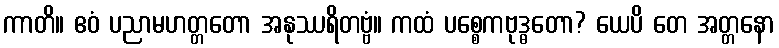
ကာတိ။ ဧဝံ ပညာမဟတ္တတော အနုဿရိတဗ္ဗံ။ ကထံ ပစ္စေကဗုဒ္ဓတော? ယေပိ တေ အတ္တနော